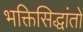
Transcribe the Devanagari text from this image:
भक्तिसिद्धांतों